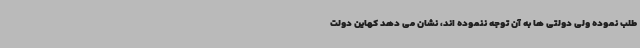
طلب نموده ولی دولتی ها به آن توجه ننموده اند، نشان می دهد کهاین دولت